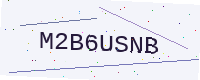
Text: M2B6USNB